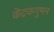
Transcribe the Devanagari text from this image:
केंद्रकगुणन